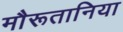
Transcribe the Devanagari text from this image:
मौरूतानिया